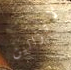
لاتزالين